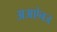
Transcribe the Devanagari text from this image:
अअऐनज